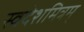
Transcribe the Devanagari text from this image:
स्वदेशमित्रम्